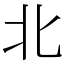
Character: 北